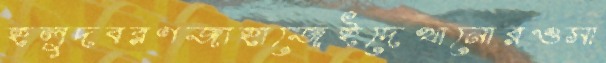
হলুদবরণজাহাজেইদেখানোরওসা